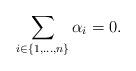
LaTeX: \begin{align*}\sum_{i \in \{1,\ldots,n\}}\alpha_i =0.\end{align*}